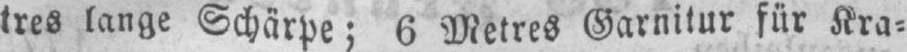
tres lange Schärpe; 6 Metres Garnitur für Kra⸗